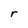
Character: r